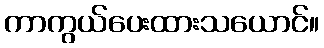
ကာကွယ်ပေးထားသယောင်။